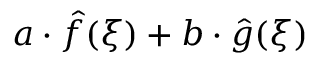
a \cdot { \hat { f } } ( \xi ) + b \cdot { \hat { g } } ( \xi )